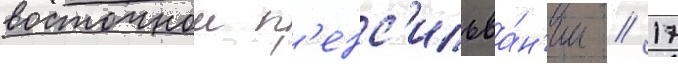
восточнои п'енс'ильва́н'ии // 17